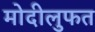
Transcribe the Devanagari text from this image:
मोदीलुफत